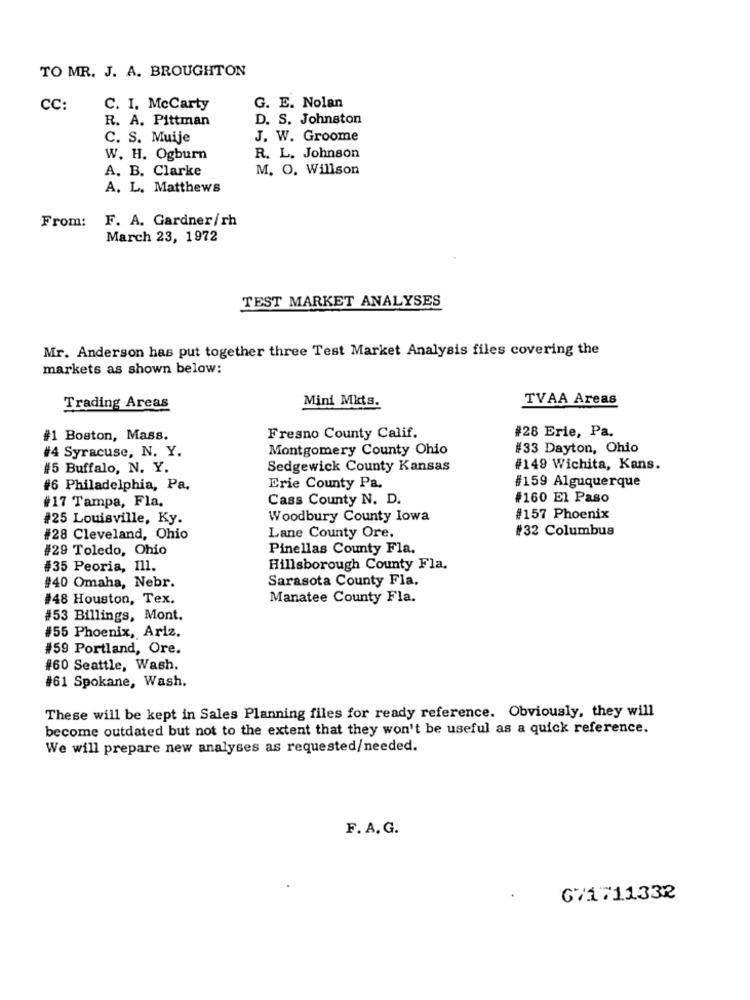
TO MR. J. A. BROUGHTON
CC:
C. I. McCarty
G. E. Nolan
R. A. Pittman
D. S. Johnston
C. S. Muije
J. W. Groome
W. H. Ogburn
R. L. Johnson
A. B. Clarke
M. O. Willson
A. L. Matthews
F. A. Gardner/rh
From:
March 23, 1972
TEST MARKET ANALYSES
Mr. Anderson has put together three Test Market Analysis files covering the
markets as shown below:
Mini Mkts.
TVAA Areas
Trading Areas
#28 Erie, Pa.
#1 Boston, Mass.
Fresno County Calif.
#4 Syracuse, N. Y.
Montgomery County Ohio
#33 Dayton, Ohio
#5 Buffalo, N. Y.
Sedgewick County Kansas
#149 Wichita, Kans.
#6 Philadelphia, Pa.
Erie County Pa.
#159 Alguquerque
#17 Tampa, Fla.
Cass County N. D.
#160 El Paso
#25 Louisville, Ky.
Woodbury County Iowa
#157 Phoenix
#32 Columbus
#28 Cleveland, Ohio
Lane County Ore,
#29 Toledo, Ohio
Pinellas County Fla.
#35 Peoria, Ill.
Hillsborough County Fla.
Sarasota County Fla.
#40 Omaha, Nebr.
#48 Houston, Tex.
Manatee County Fla.
#53 Billings, Mont.
#55 Phoenix, Ariz.
#59 Portland, Ore.
#60 Seattle, Wash.
#61 Spokane, Wash.
These will be kept in Sales Planning files for ready reference. Obviously, they will
become outdated but not to the extent that they won't be useful as a quick reference.
We will prepare new analyses as requested/needed.
F. A.G.
671711332